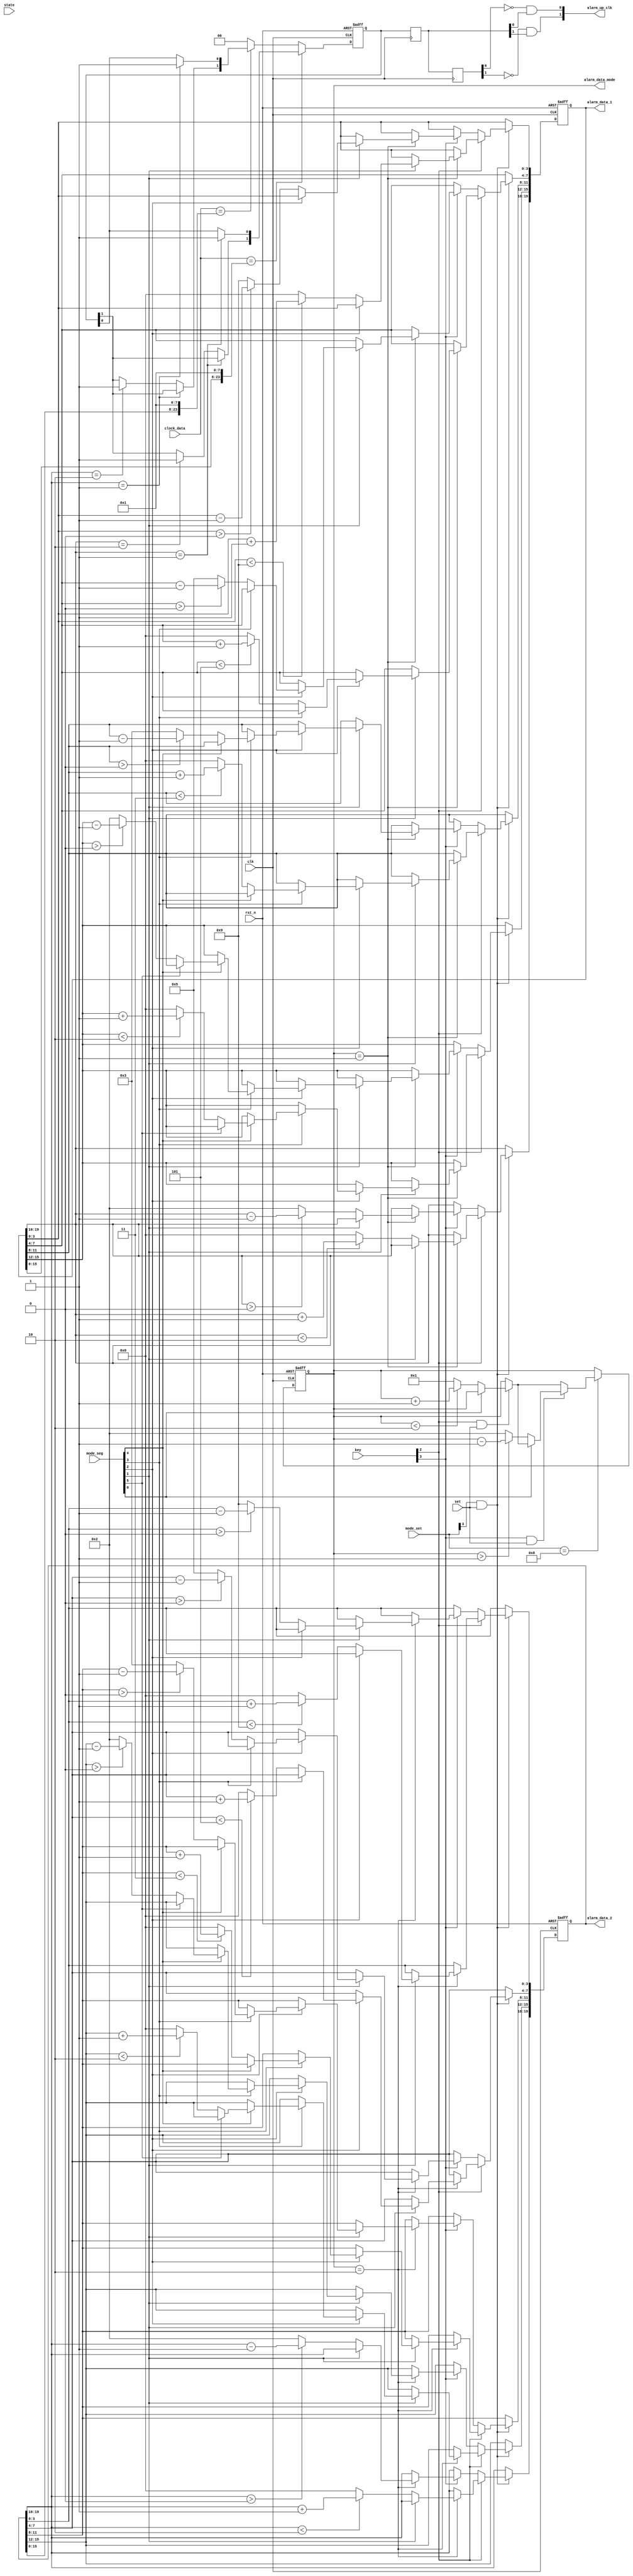
module mode_alarm(
	input							clk   ,       // 
	input							rst_n ,       // 
	/*******************************/
	input			[4:0]		   key,
	input			[3:0]			mode_set,
	input			[5:0]			mode_seg,
	input							set,
	input			[7:0]			state,
	
	/******************************/
	input			[23:0]		clock_data,
	
	/***************************/
	output		reg[19:0]		alarm_data_1,
	output		reg[19:0]		alarm_data_2,
	output		reg[3:0]			alarm_data_mode,
	/***************************/
	output		[1:0]				alarm_up_clk

);

reg		[1:0]			alarm_make_t0	;
reg		[1:0]			alarm_make_t1	;
reg		[1:0]			alarm_make		;
always@(posedge clk)
begin
	alarm_make_t0[0] <= alarm_make[0]	;
	alarm_make_t1[0] <= alarm_make_t0[0];
	
	alarm_make_t0[1] <= alarm_make[1]	;
	alarm_make_t1[1] <= alarm_make_t0[1];
end

assign	alarm_up_clk[0] = ~alarm_make_t1[0]&alarm_make_t0[0];
assign	alarm_up_clk[1] = ~alarm_make_t1[1]&alarm_make_t0[1];


//
always@(posedge clk or negedge rst_n) 
begin
	if(!rst_n) 
	begin
		alarm_make[1:0] <= 2'b00;
	end
	else if(clock_data[23:0] == {alarm_data_1[15:0],8'd1}) //1
	begin
		if(alarm_data_1[19:16] == 4'd1)
		begin
			alarm_make[0] = 1'b1; 
		end
		else if(alarm_data_1[19:16] == 4'd2)
		begin
			alarm_make[1] = 1'b1; 
		end
	end
	else if(clock_data[23:0] == {alarm_data_2[15:0],8'd1}) // 2
	begin
		if(alarm_data_2[19:16] == 4'd1)
		begin
			alarm_make[0] = 1'b1; 
		end
		else if(alarm_data_2[19:16] == 4'd2)
		begin
			alarm_make[1] = 1'b1; 
		end
	end
	else
		alarm_make = 2'b00;
end


//
always @(posedge	clk,negedge rst_n)
begin
	if(!rst_n)
		alarm_data_mode[3:0] <= 4'd1;
	else if(mode_set == 4'b1000)
	begin
		if(key[2]&set)
		begin
			if(~mode_seg[0])
			begin
				if(alarm_data_mode[3:0] < 4'd2)
					alarm_data_mode[3:0] <= alarm_data_mode[3:0] + 1'd1;
				else
					alarm_data_mode[3:0]<=4'd1;
			end
		end
		if(key[3]&set)
		begin
			if(~mode_seg[0])
			begin
				if(alarm_data_mode[3:0] > 4'd1)
					alarm_data_mode[3:0] <= alarm_data_mode[3:0] - 1'd1;
				else
					alarm_data_mode[3:0]<=4'd2;
			end
		end		
	end
end


//1
always @(posedge	clk,negedge rst_n)
begin
	if(!rst_n)begin
		alarm_data_1[19:16] <= 4'd1;
		alarm_data_1[3:0]		<=4'd0;
		alarm_data_1[7:4]		<=4'd1;
		alarm_data_1[11:8]	<=4'd6;
		alarm_data_1[15:12]	<=4'd0;
	end
	else 
	begin
		if(mode_set[3]&set)
		begin
			if(key[2])
			begin
				if(alarm_data_mode[3:0] == 4'd1)
				begin
					if(~mode_seg[1])begin
						if(alarm_data_1[19:16] < 4'd2)
							alarm_data_1[19:16] <= alarm_data_1[19:16] +1'b1;
						else	
							alarm_data_1[19:16] <= 1'd0;
					end			
					else if(~mode_seg[2])begin
						if(alarm_data_1[3:0] < 4'd9)
							alarm_data_1[3:0] <= alarm_data_1[3:0] +1'b1;
						else	
							alarm_data_1[3:0] <= 1'd0;
					end
					else if(~mode_seg[3])begin
						if(alarm_data_1[7:4] < 3'd5)
							alarm_data_1[7:4] <= alarm_data_1[7:4] +1'b1;	
						else
							alarm_data_1[7:4] <= 1'd0;
					end
					else if(~mode_seg[4])begin
						if(alarm_data_1[11:8] < 2'd3)
							alarm_data_1[11:8] <= alarm_data_1[11:8] +1'b1;
						else	
							alarm_data_1[11:8] <= 1'd0;
					end
					else if(~mode_seg[5])begin
						if(alarm_data_1[15:12] < 2'd2)
							alarm_data_1[15:12] <= alarm_data_1[15:12] +1'b1;
						else
							alarm_data_1[15:12] <=1'd0;
					end
				end
			end
			else if(key[3])
			begin
				if(alarm_data_mode[3:0] == 4'd1)
				begin
					if(~mode_seg[1])begin
						if(alarm_data_1[19:16] > 1'd0)
							alarm_data_1[19:16] <= alarm_data_1[19:16] -1'b1;
						else	
							alarm_data_1[19:16] <= 4'd2;
					end
					else if(~mode_seg[2])begin
						if(alarm_data_1[3:0] > 1'd0)
							alarm_data_1[3:0] <= alarm_data_1[3:0] -1'b1;
						else	
							alarm_data_1[3:0] <= 4'd9;
					end
					else if(~mode_seg[3])begin
						if(alarm_data_1[7:4] > 1'd0)
							alarm_data_1[7:4] <= alarm_data_1[7:4] -1'b1;	
						else
							alarm_data_1[7:4] <= 3'd5;
					end
					else if(~mode_seg[4])begin
						if(alarm_data_1[11:8] > 1'd0)
							alarm_data_1[11:8] <= alarm_data_1[11:8] -1'b1;
						else	
							alarm_data_1[11:8] <= 2'd3;
					end
					else if(~mode_seg[5])begin
						if(alarm_data_1[15:12] > 1'd0)
							alarm_data_1[15:12] <= alarm_data_1[15:12]-1'b1;
						else
							alarm_data_1[15:12] <=2'd2;
					end
				end
			end
		end	
	end
end


//2
always @(posedge	clk,negedge rst_n)
begin
	if(!rst_n)begin
		alarm_data_2[19:16] <= 4'd0;
		alarm_data_2[3:0]		<=4'd5;
		alarm_data_2[7:4]		<=4'd1;
		alarm_data_2[11:8]	<=4'd6;
		alarm_data_2[15:12]	<=4'd0;
	end
	else 
	begin
		if(mode_set[3]&set)
		begin
			if(key[2])
			begin
				if(alarm_data_mode[3:0] == 4'd2)
				begin
					if(~mode_seg[1])begin
						if(alarm_data_2[19:16] < 4'd2)
							alarm_data_2[19:16] <= alarm_data_2[19:16] +1'b1;
						else	
							alarm_data_2[19:16] <= 1'd0;
					end			
					else if(~mode_seg[2])begin
						if(alarm_data_2[3:0] < 4'd9)
							alarm_data_2[3:0] <= alarm_data_2[3:0] +1'b1;
						else	
							alarm_data_2[3:0] <= 1'd0;
					end
					else if(~mode_seg[3])begin
						if(alarm_data_2[7:4] < 3'd5)
							alarm_data_2[7:4] <= alarm_data_2[7:4] +1'b1;	
						else
							alarm_data_2[7:4] <= 1'd0;
					end
					else if(~mode_seg[4])begin
						if(alarm_data_2[11:8] < 2'd3)
							alarm_data_2[11:8] <= alarm_data_2[11:8] +1'b1;
						else	
							alarm_data_2[11:8] <= 1'd0;
					end
					else if(~mode_seg[5])begin
						if(alarm_data_2[15:12] < 2'd2)
							alarm_data_2[15:12] <= alarm_data_2[15:12] +1'b1;
						else
							alarm_data_2[15:12] <=1'd0;
					end
				end
			end
			else if(key[3])
			begin
				if(alarm_data_mode[3:0] == 4'd2)
				begin
					if(~mode_seg[1])begin
						if(alarm_data_2[19:16] > 1'd0)
							alarm_data_2[19:16] <= alarm_data_2[19:16] -1'b1;
						else	
							alarm_data_2[19:16] <= 4'd2;
					end
					else if(~mode_seg[2])begin
						if(alarm_data_2[3:0] > 1'd0)
							alarm_data_2[3:0] <= alarm_data_2[3:0] -1'b1;
						else	
							alarm_data_2[3:0] <= 4'd9;
					end
					else if(~mode_seg[3])begin
						if(alarm_data_2[7:4] > 1'd0)
							alarm_data_2[7:4] <= alarm_data_2[7:4] -1'b1;	
						else
							alarm_data_2[7:4] <= 3'd5;
					end
					else if(~mode_seg[4])begin
						if(alarm_data_2[11:8] > 1'd0)
							alarm_data_2[11:8] <= alarm_data_2[11:8] -1'b1;
						else	
							alarm_data_2[11:8] <= 2'd3;
					end
					else if(~mode_seg[5])begin
						if(alarm_data_2[15:12] > 1'd0)
							alarm_data_2[15:12] <= alarm_data_2[15:12]-1'b1;
						else
							alarm_data_2[15:12] <=2'd2;
					end
				end
			end
		end	
	end
end





endmodule